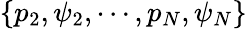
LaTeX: \{ p_{2},\psi_{2},\cdots,p_{N},\psi_{N}\}